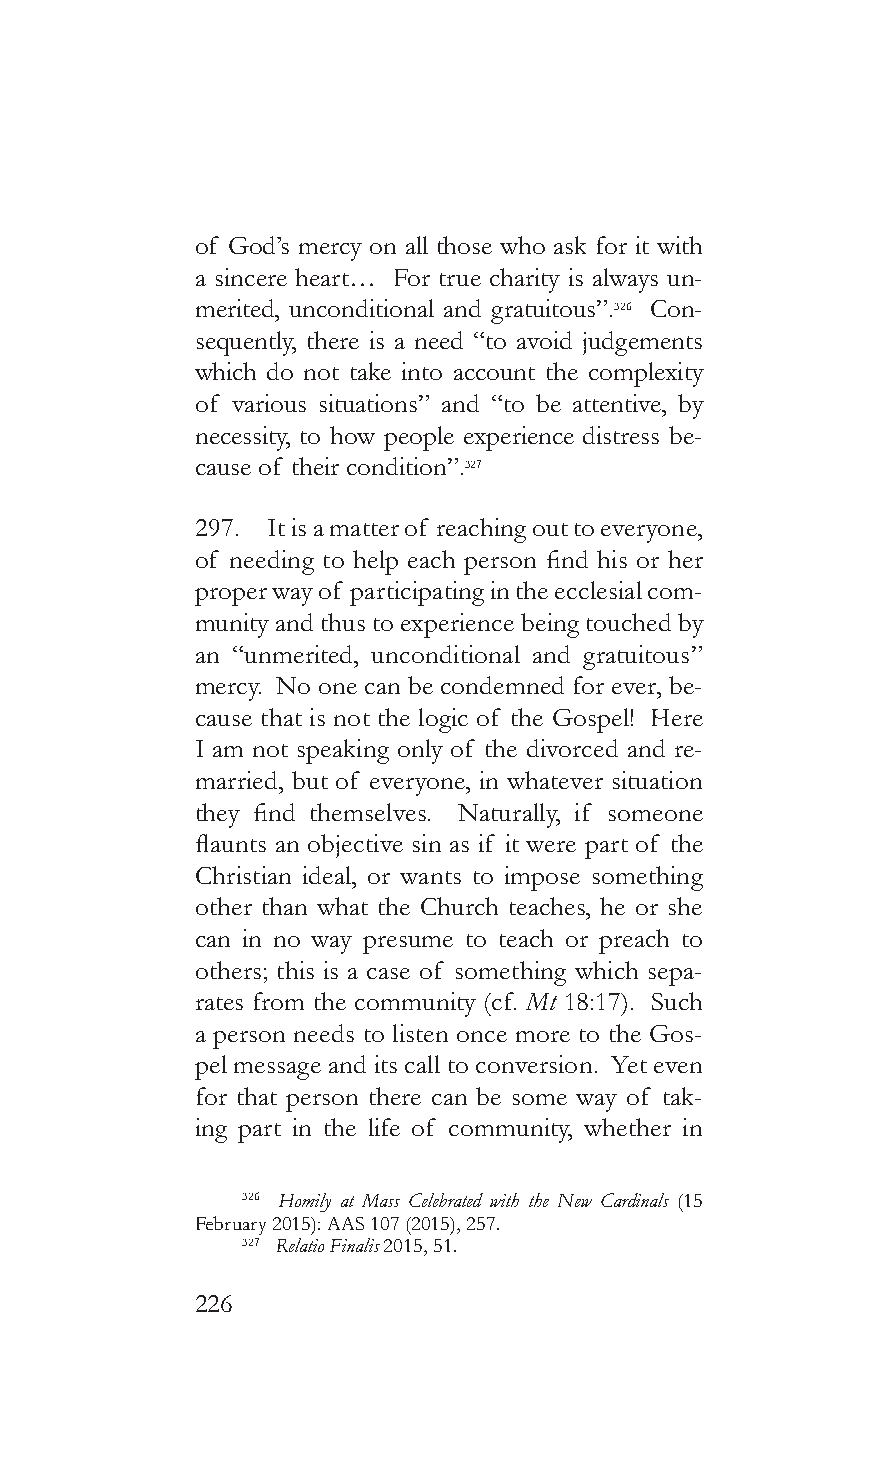
of God’s mercy on all those who ask for it with
 a sincere heart… For true charity is always un-
 merited, unconditional and gratuitous”.326 Con-
 sequently, there is a need “to avoid judgements
 which do not take into account the complexity
 of various situations” and “to be attentive, by
 necessity, to how people experience distress be-
 cause of their condition”.327
 297. It is a matter of reaching out to everyone,
 of needing to help each person find his or her
 proper way of participating in the ecclesial com-
 munity and thus to experience being touched by
 an “unmerited, unconditional and gratuitous”
 mercy. No one can be condemned for ever, be-
 cause that is not the logic of the Gospel! Here
 I am not speaking only of the divorced and re-
 married, but of everyone, in whatever situation
 they find themselves. Naturally, if someone
 flaunts an objective sin as if it were part of the
 Christian ideal, or wants to impose something
 other than what the Church teaches, he or she
 can in no way presume to teach or preach to
 others; this is a case of something which sepa-
 rates from the community (cf. Mt 18:17). Such
 a person needs to listen once more to the Gos-
 pel message and its call to conversion. Yet even
 for that person there can be some way of tak-
 ing part in the life of community, whether in
 326 Homily at Mass Celebrated with the New Cardinals (15
 February 2015): AAS 107 (2015), 257.
 327 Relatio Finalis 2015, 51.
 226